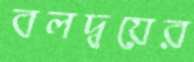
বলদ্বয়ের